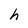
Character: h